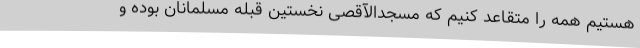
هستیم همه را متقاعد کنیم که مسجدالآقصی نخستین قبله مسلمانان بوده و